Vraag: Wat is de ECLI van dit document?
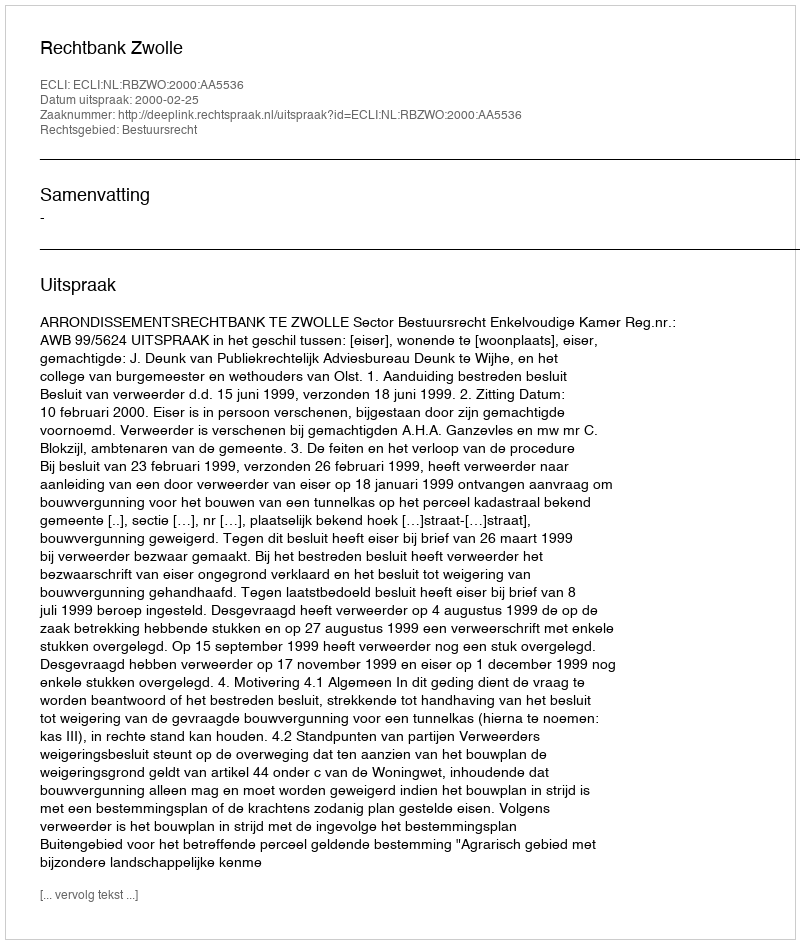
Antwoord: ECLI:NL:RBZWO:2000:AA5536